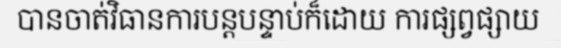
បានចាត់វិធានការបន្តបន្ទាប់ក៏ដោយ ការផ្សព្វផ្សាយ